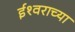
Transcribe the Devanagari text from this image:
ईश्‍वराच्या